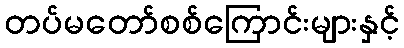
တပ်မတော်စစ်ကြောင်းများနှင့်